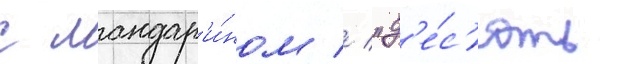
с мандар'и́ном // "д'е́с'ять